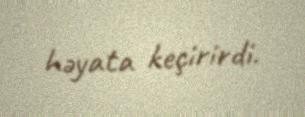
həyata keçirirdi.